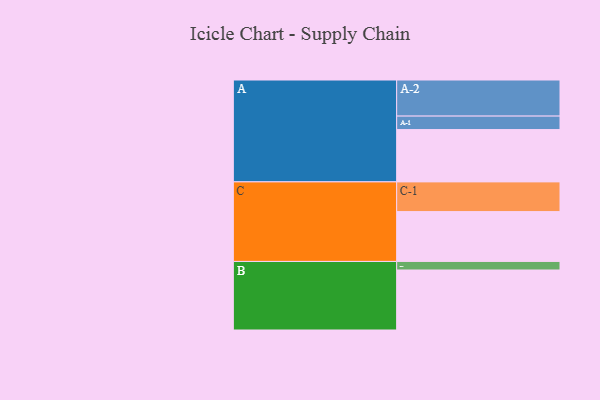
{"axis": {"x": "Segment", "y": "Value"}, "legend": ["", "A", "B", "C"], "data": [{"x": "A", "y": 361, "type": ""}, {"x": "B", "y": 414, "type": ""}, {"x": "C", "y": 344, "type": ""}, {"x": "A-1", "y": 93, "type": "A"}, {"x": "A-2", "y": 249, "type": "A"}, {"x": "B-1", "y": 59, "type": "B"}, {"x": "C-1", "y": 205, "type": "C"}]}